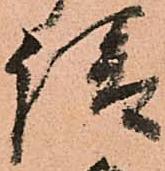
請